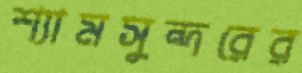
শ্যামসুন্দরের